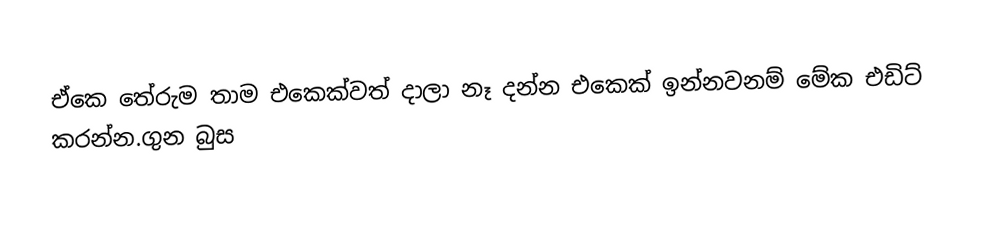
ඒකෙ තේරුම තාම එකෙක්වත් දාලා නෑ දන්න එකෙක් ඉන්නවනම් මේක එඩිට් කරන්න.ගුන බුස